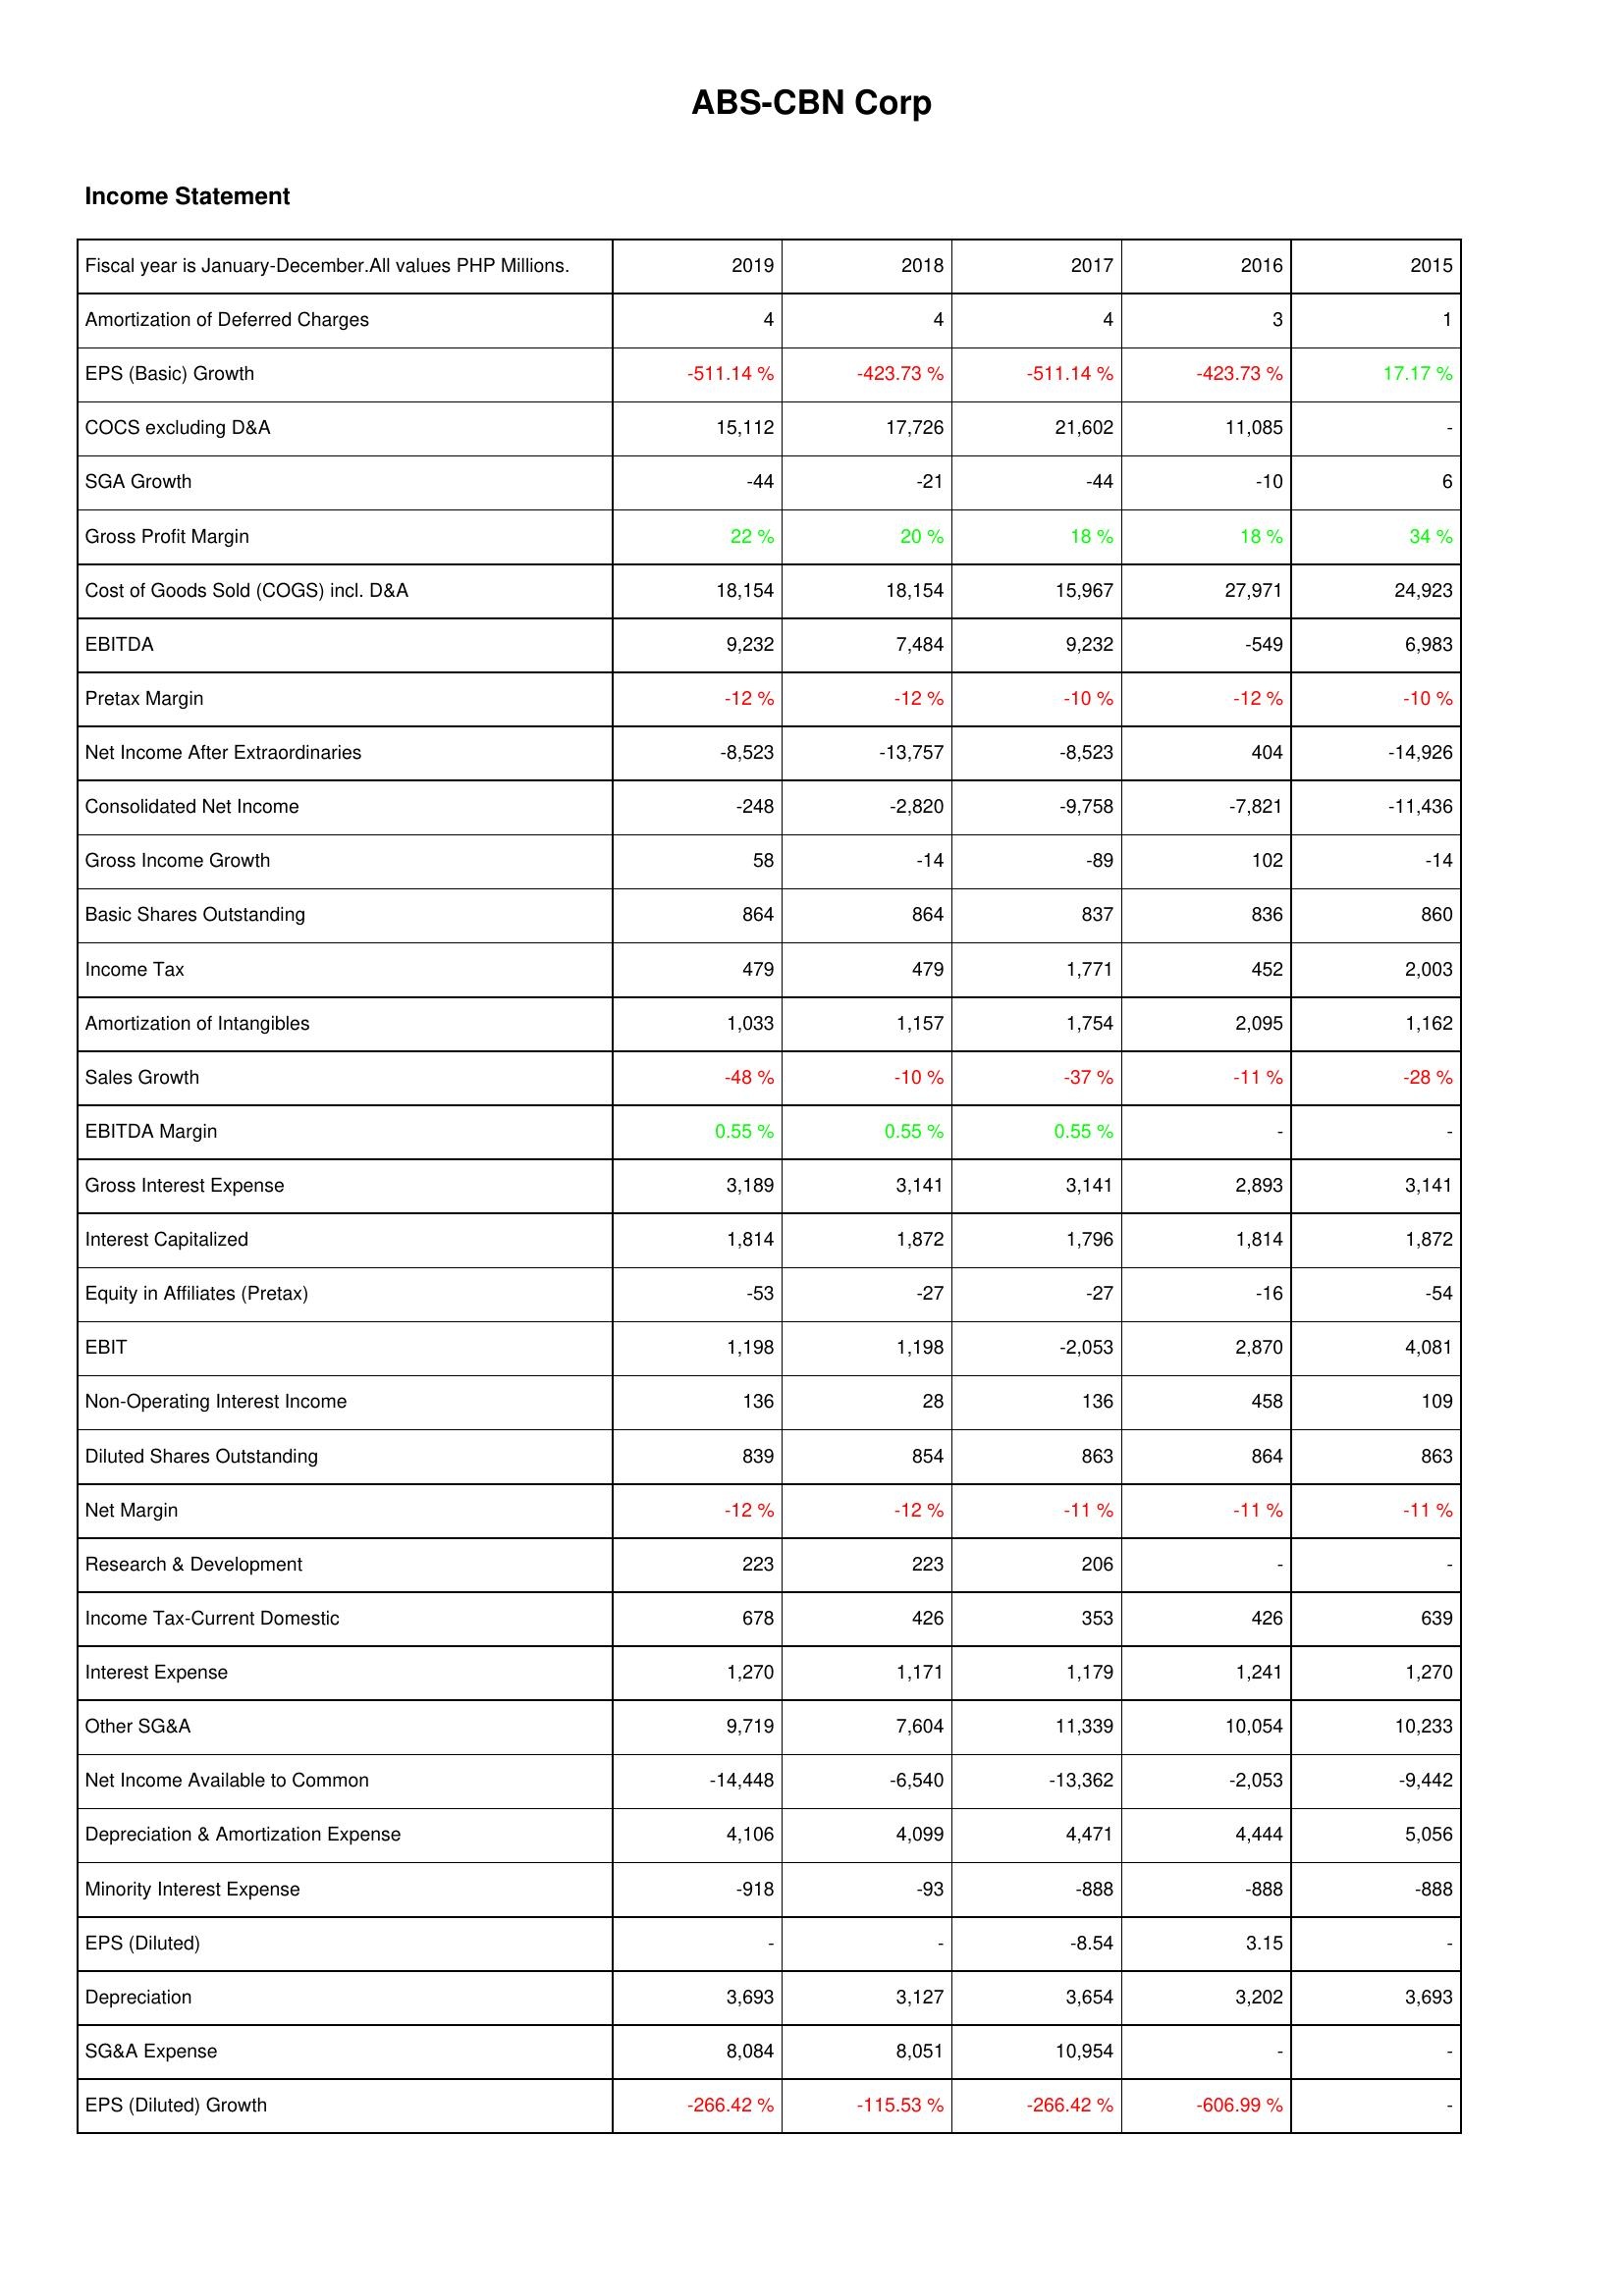
2019: Income Statement: Amortization of Deferred Charges: 4
EPS (Basic) Growth: -511.14 %
COCS excluding D&A: 15,112
SGA Growth: -44
Gross Profit Margin: 22 %
Cost of Goods Sold (COGS) incl. D&A: 18,154
EBITDA: 9,232
Pretax Margin: -12 %
Net Income After Extraordinaries: -8,523
Consolidated Net Income: -248
Gross Income Growth: 58
Basic Shares Outstanding: 864
Income Tax: 479
Amortization of Intangibles: 1,033
Sales Growth: -48 %
EBITDA Margin: 0.55 %
Gross Interest Expense: 3,189
Interest Capitalized: 1,814
Equity in Affiliates (Pretax): -53
EBIT: 1,198
Non-Operating Interest Income: 136
Diluted Shares Outstanding: 839
Net Margin: -12 %
Research & Development: 223
Income Tax-Current Domestic: 678
Interest Expense: 1,270
Other SG&A: 9,719
Net Income Available to Common: -14,448
Depreciation & Amortization Expense: 4,106
Minority Interest Expense: -918
EPS (Diluted): -
Depreciation: 3,693
SG&A Expense: 8,084
EPS (Diluted) Growth: -266.42 %
2018: Income Statement: Amortization of Deferred Charges: 4
EPS (Basic) Growth: -423.73 %
COCS excluding D&A: 17,726
SGA Growth: -21
Gross Profit Margin: 20 %
Cost of Goods Sold (COGS) incl. D&A: 18,154
EBITDA: 7,484
Pretax Margin: -12 %
Net Income After Extraordinaries: -13,757
Consolidated Net Income: -2,820
Gross Income Growth: -14
Basic Shares Outstanding: 864
Income Tax: 479
Amortization of Intangibles: 1,157
Sales Growth: -10 %
EBITDA Margin: 0.55 %
Gross Interest Expense: 3,141
Interest Capitalized: 1,872
Equity in Affiliates (Pretax): -27
EBIT: 1,198
Non-Operating Interest Income: 28
Diluted Shares Outstanding: 854
Net Margin: -12 %
Research & Development: 223
Income Tax-Current Domestic: 426
Interest Expense: 1,171
Other SG&A: 7,604
Net Income Available to Common: -6,540
Depreciation & Amortization Expense: 4,099
Minority Interest Expense: -93
EPS (Diluted): -
Depreciation: 3,127
SG&A Expense: 8,051
EPS (Diluted) Growth: -115.53 %
2017: Income Statement: Amortization of Deferred Charges: 4
EPS (Basic) Growth: -511.14 %
COCS excluding D&A: 21,602
SGA Growth: -44
Gross Profit Margin: 18 %
Cost of Goods Sold (COGS) incl. D&A: 15,967
EBITDA: 9,232
Pretax Margin: -10 %
Net Income After Extraordinaries: -8,523
Consolidated Net Income: -9,758
Gross Income Growth: -89
Basic Shares Outstanding: 837
Income Tax: 1,771
Amortization of Intangibles: 1,754
Sales Growth: -37 %
EBITDA Margin: 0.55 %
Gross Interest Expense: 3,141
Interest Capitalized: 1,796
Equity in Affiliates (Pretax): -27
EBIT: -2,053
Non-Operating Interest Income: 136
Diluted Shares Outstanding: 863
Net Margin: -11 %
Research & Development: 206
Income Tax-Current Domestic: 353
Interest Expense: 1,179
Other SG&A: 11,339
Net Income Available to Common: -13,362
Depreciation & Amortization Expense: 4,471
Minority Interest Expense: -888
EPS (Diluted): -8.54
Depreciation: 3,654
SG&A Expense: 10,954
EPS (Diluted) Growth: -266.42 %
2016: Income Statement: Amortization of Deferred Charges: 3
EPS (Basic) Growth: -423.73 %
COCS excluding D&A: 11,085
SGA Growth: -10
Gross Profit Margin: 18 %
Cost of Goods Sold (COGS) incl. D&A: 27,971
EBITDA: -549
Pretax Margin: -12 %
Net Income After Extraordinaries: 404
Consolidated Net Income: -7,821
Gross Income Growth: 102
Basic Shares Outstanding: 836
Income Tax: 452
Amortization of Intangibles: 2,095
Sales Growth: -11 %
EBITDA Margin: -
Gross Interest Expense: 2,893
Interest Capitalized: 1,814
Equity in Affiliates (Pretax): -16
EBIT: 2,870
Non-Operating Interest Income: 458
Diluted Shares Outstanding: 864
Net Margin: -11 %
Research & Development: -
Income Tax-Current Domestic: 426
Interest Expense: 1,241
Other SG&A: 10,054
Net Income Available to Common: -2,053
Depreciation & Amortization Expense: 4,444
Minority Interest Expense: -888
EPS (Diluted): 3.15
Depreciation: 3,202
SG&A Expense: -
EPS (Diluted) Growth: -606.99 %
2015: Income Statement: Amortization of Deferred Charges: 1
EPS (Basic) Growth: 17.17 %
COCS excluding D&A: -
SGA Growth: 6
Gross Profit Margin: 34 %
Cost of Goods Sold (COGS) incl. D&A: 24,923
EBITDA: 6,983
Pretax Margin: -10 %
Net Income After Extraordinaries: -14,926
Consolidated Net Income: -11,436
Gross Income Growth: -14
Basic Shares Outstanding: 860
Income Tax: 2,003
Amortization of Intangibles: 1,162
Sales Growth: -28 %
EBITDA Margin: -
Gross Interest Expense: 3,141
Interest Capitalized: 1,872
Equity in Affiliates (Pretax): -54
EBIT: 4,081
Non-Operating Interest Income: 109
Diluted Shares Outstanding: 863
Net Margin: -11 %
Research & Development: -
Income Tax-Current Domestic: 639
Interest Expense: 1,270
Other SG&A: 10,233
Net Income Available to Common: -9,442
Depreciation & Amortization Expense: 5,056
Minority Interest Expense: -888
EPS (Diluted): -
Depreciation: 3,693
SG&A Expense: -
EPS (Diluted) Growth: -